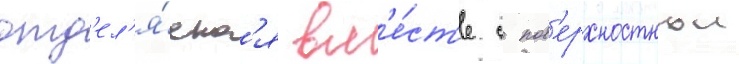
отд'ел'я́етс'я вм'е́ст'е с пов'ерхностнои